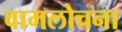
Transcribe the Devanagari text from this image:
वामलोचना